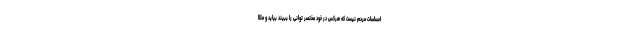
احساسات مردم نیست که هرکس در خود مختصر توانی را ببیند بیاید و مثلاً